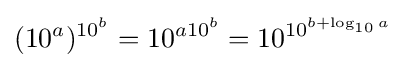
(10^{a})^{\,\!10^{b}}=10^{a10^{b}}=10^{10^{b+\log _{10}a}}